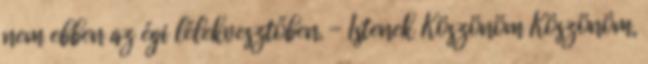
nem ebben az égi lélekvesztőben. - Istenek Köszönöm Köszönöm,